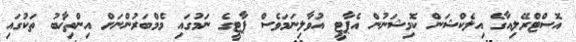
އޮސްޓްރޭލިއާގެ އިލެކްޝަން ކޮމިޝަނުން އެޕާޓީ އުވާލިނަމަވެސް ޕާޓީގެ ނަމުގައި މެމްބަރުންނަށް އިންތިޚާބު ތަކުގައި